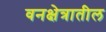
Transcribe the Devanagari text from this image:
वनक्षेत्रातील